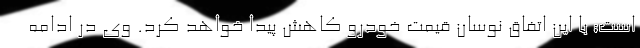
است؛ با این اتفاق نوسان قیمت خودرو کاهش پیدا خواهد کرد. وی در ادامه